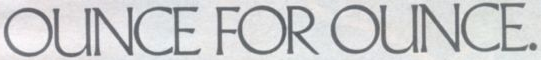
OUNCE FOR OUNCE.